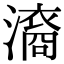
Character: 㵝